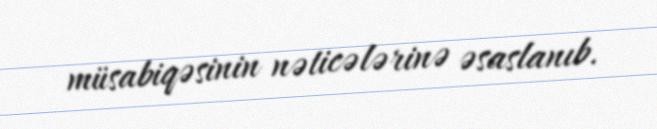
müsabiqəsinin nəticələrinə əsaslanıb.